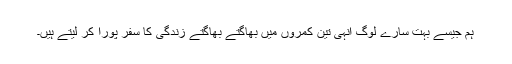
ہم جیسے بہت سارے لوگ انہی تین کمروں میں بھاگتے بھاگتے زندگی کا سفر پورا کر لیتے ہیں۔